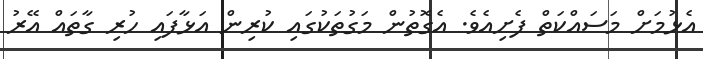
އެޅުމަށް މަސައްކަތް ފެށިއެވެ. އެގޮތުން މަގުތަކުގައި ކުރިން އަޅާފައި ހުރި ގާތައް އޭރު